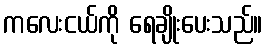
ကလေးငယ်ကို ရေချိုးပေးသည်။